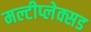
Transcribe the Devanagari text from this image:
मल्टीप्लेक्सड